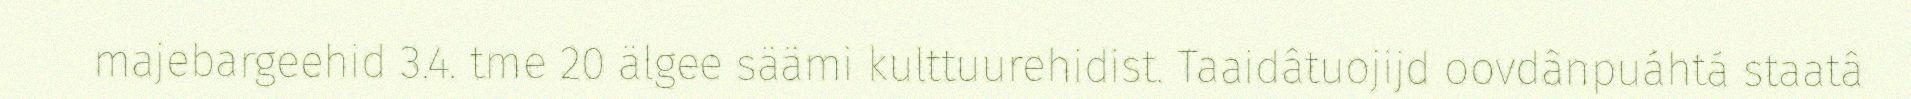
majebargeehid 3.4. tme 20 älgee säämi kulttuurehidist. Taaidâtuojijd oovdânpuáhtá staatâ